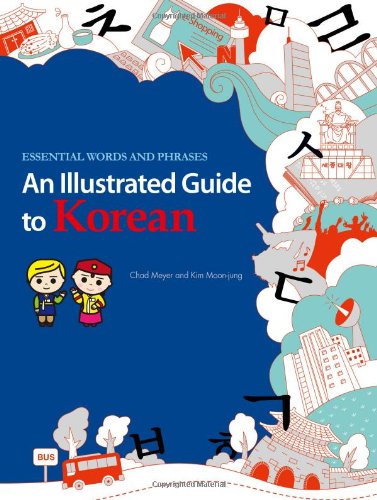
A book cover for An Illustrated Guide to Korean: Essential Words and Phrases; Chad Meyer; Travel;